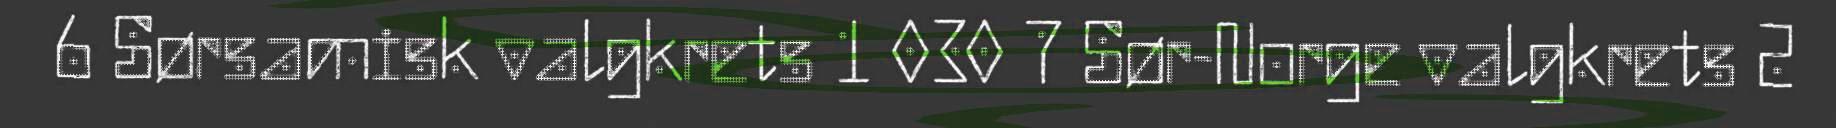
6 Sørsamisk valgkrets 1 030 7 Sør-Norge valgkrets 2